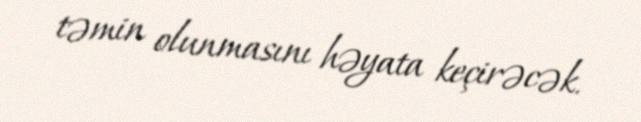
təmin olunmasını həyata keçirəcək.